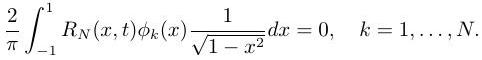
\frac{2}{\pi} \int_{-1}^{1} R_N(x,t) \phi_k(x) \frac{1}{\sqrt{1 - x^2}} dx = 0, \quad k = 1,\ldots,N.